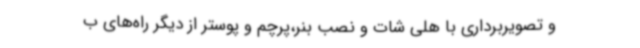
و تصویربرداری با هلی شات و نصب بنر،پرچم و پوستر از دیگر راه‌های ب